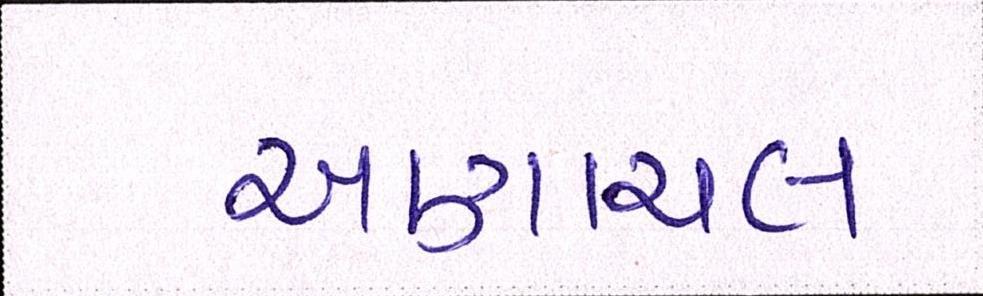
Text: અણાચલ